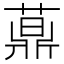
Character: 𦽍